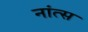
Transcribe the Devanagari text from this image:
नांत्स